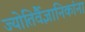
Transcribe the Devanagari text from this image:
ज्योतिर्वैज्ञानिकांना